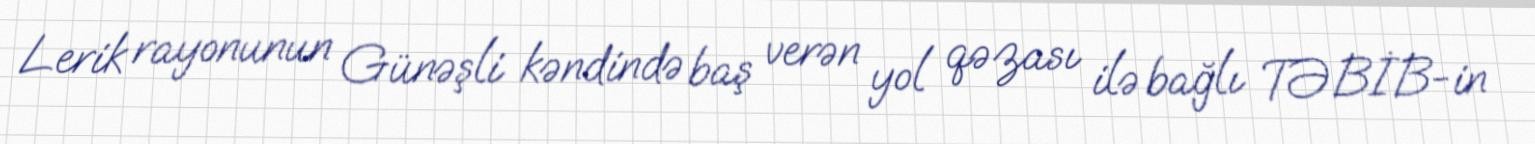
Lerik rayonunun Günəşli kəndində baş verən yol qəzası ilə bağlı TƏBİB-in